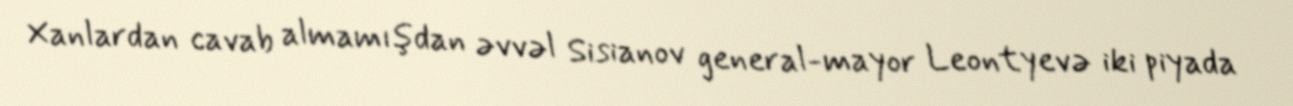
Xanlardan cavab almamışdan əvvəl Sisianov general-mayor Leontyevə iki piyada